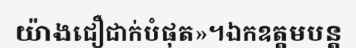
យ៉ាងជឿជាក់បំផុត»។ឯកឧត្តមបន្ត